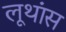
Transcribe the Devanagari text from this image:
लूथांस